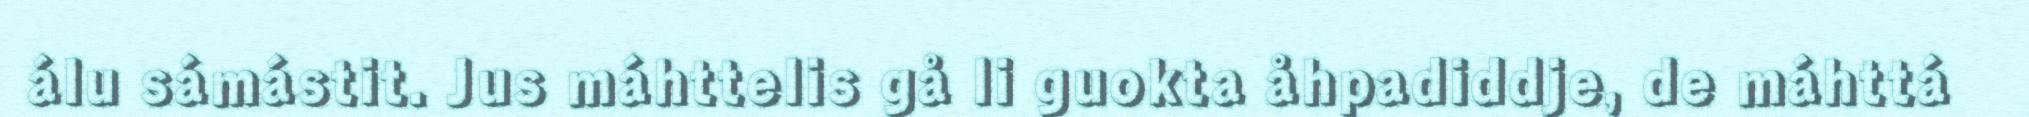
álu sámástit. Jus máhttelis gå li guokta åhpadiddje, de máhttá